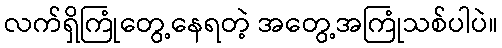
လက်ရှိကြုံတွေ့နေရတဲ့ အတွေ့အကြုံသစ်ပါပဲ။